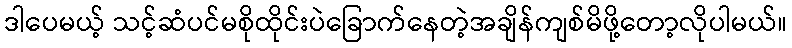
ဒါပေမယ့် သင့်ဆံပင်မစိုထိုင်းပဲခြောက်နေတဲ့အချိန်ကျစ်မိဖို့တော့လိုပါမယ်။